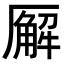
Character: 𪠘